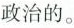
政治的。